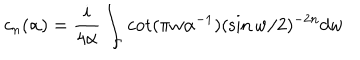
c _ { n } ( \alpha ) = { \frac { i } { 4 \alpha } } \int _ { \Gamma } \cot ( \pi w \alpha ^ { - 1 } ) ( \sin w / 2 ) ^ { - 2 n } d w